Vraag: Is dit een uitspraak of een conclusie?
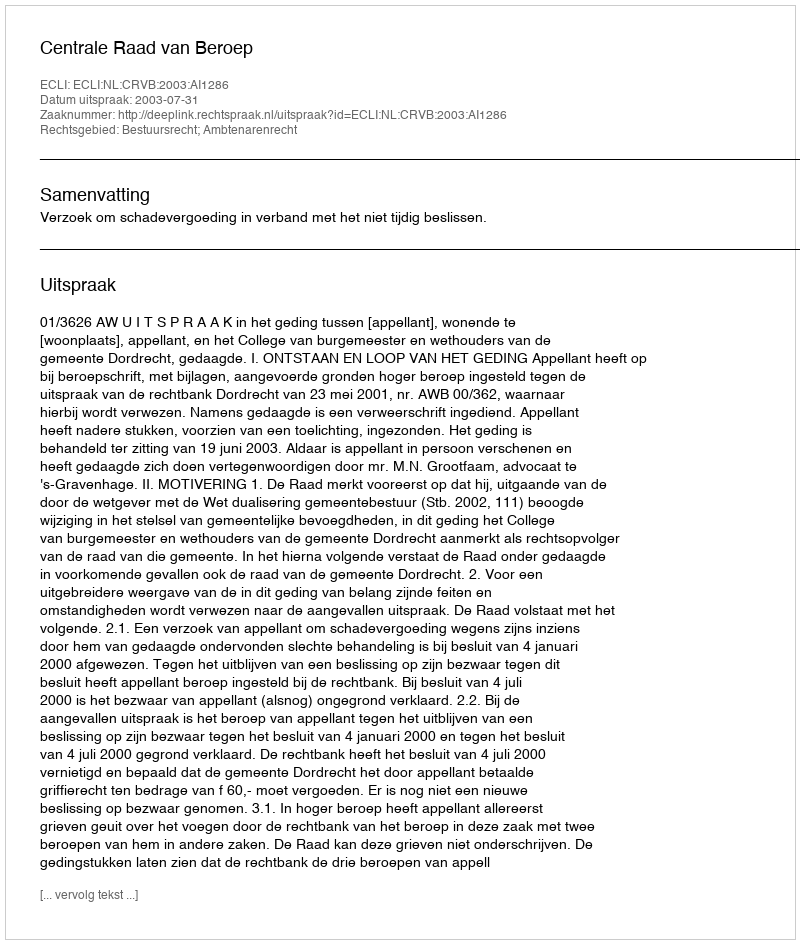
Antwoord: Uitspraak